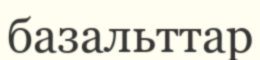
базальттар